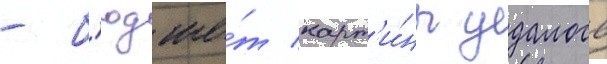
- б'юдже́т карт'и́ны удалось